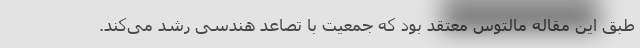
طبق این مقاله مالتوس معتقد بود که جمعیت با تصاعد هندسی رشد می‌کند.